Jaan_Tonisson_(Lasteleht), lk 529
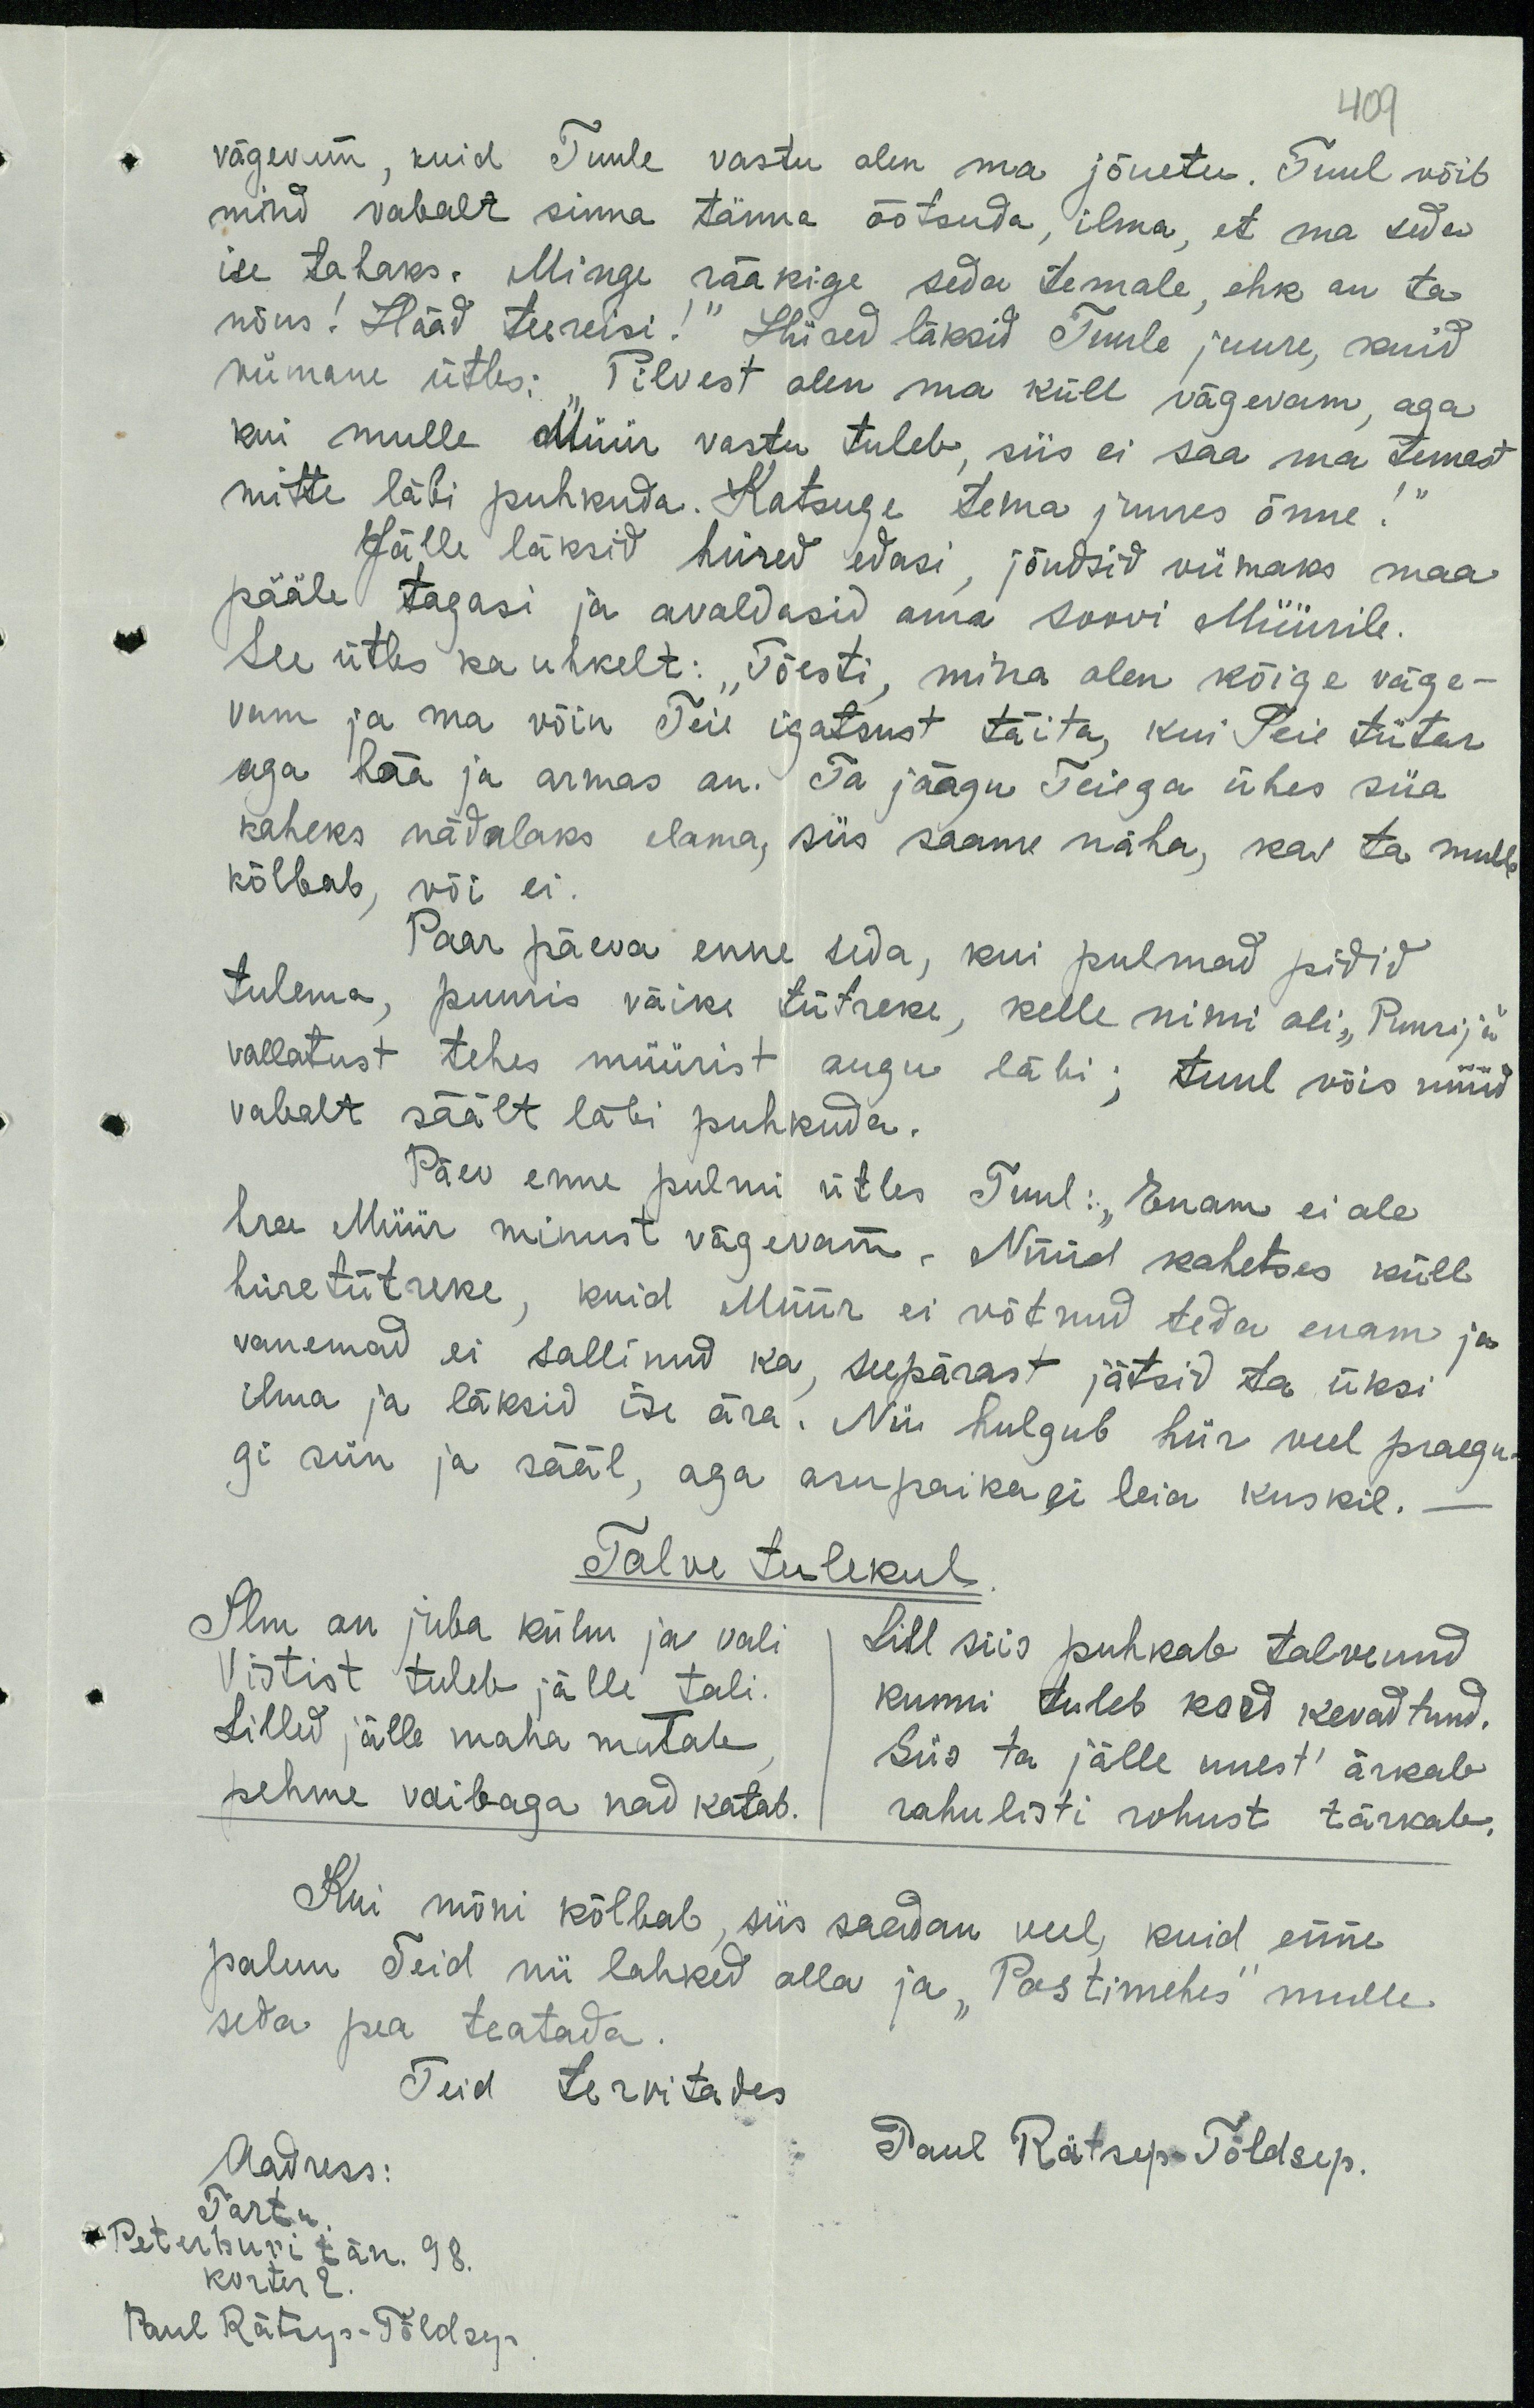
109
vägevam, kuid Tuule vastu olin ma jõuetu. Tuul võib
mind vabalt sinna tänna õõtsuda, ilma, et ma seda
ise tahaks. Minge rääkige seda temale, ehk on ta
nõus! Hääd teereisi!" Hiired läksid Tuule juure, kuid
viimane ütles: "Pilvest olen ma küll vägevam, aga
kui mulle Müür vastu tuleb, siis ei saa ma temast
mitte läbi puhkuda. Katsuge tema juures õnne!“
Jälle läksid hiired edasi jõudsid viimaks maa
pääle tagasi ja avaldasid oma soovi Müürile.
See ütles ka uhkelt: "Tõesti", mina olen kõige väge-
vam ja ma võin Teie igatsust täita, kui Teie tütar
aga hää ja armas on. Ta jäägu Teiega ühes siia
kaheks nädalaks elama, siis saame näha, kas ta mulle
kõlbab või ei.
Paar päeva enne seda, kui pulmad pidid
tulema, punis väike tütreke, kelle nimi oli "Puurija"
vallatust tehes müürist augu läbi; tuul võis nüüd
vabalt säält läbi puhkuda.
Päev enne pulmi ütles Tuul: "Enam ei ole,
hra Müür minust vägevam. Nüüd kahetses küll
hiiretütreke, kuid Müür ei võtnud teda enam ja
vanemad ei sallinud ka, seepärast jätsid ta üksi
ilma ja läksid ise ära. Nii hulgub hiir veel praegu-
gi siin ja sääl, aga asupaika ei leia kuskil.
Talve tulekul
Ilm on juba külm ja vali  Lill siis puhkab talvenud
Vistist tuleb jälle tali.
Lilled jälle maha matab.
kunni tuleb kord kevadtnud.
Siis ta jälle unest ärkab
pehme vaibaga nad katab. rahulisti rohust tärkab,
Kui mõni kõlbab, siis saadan veel, kuid enne
palun Teid nii lahked olla ja "Postimehes" mulle
seda pea teatada.
Teid tervitades
Aadress:
Paul Rätsep-Tõldsep.
Tartu
Peterburi tän. 98.
korter 2
Paul Rätus-Tõldsep